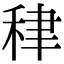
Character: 𥞰